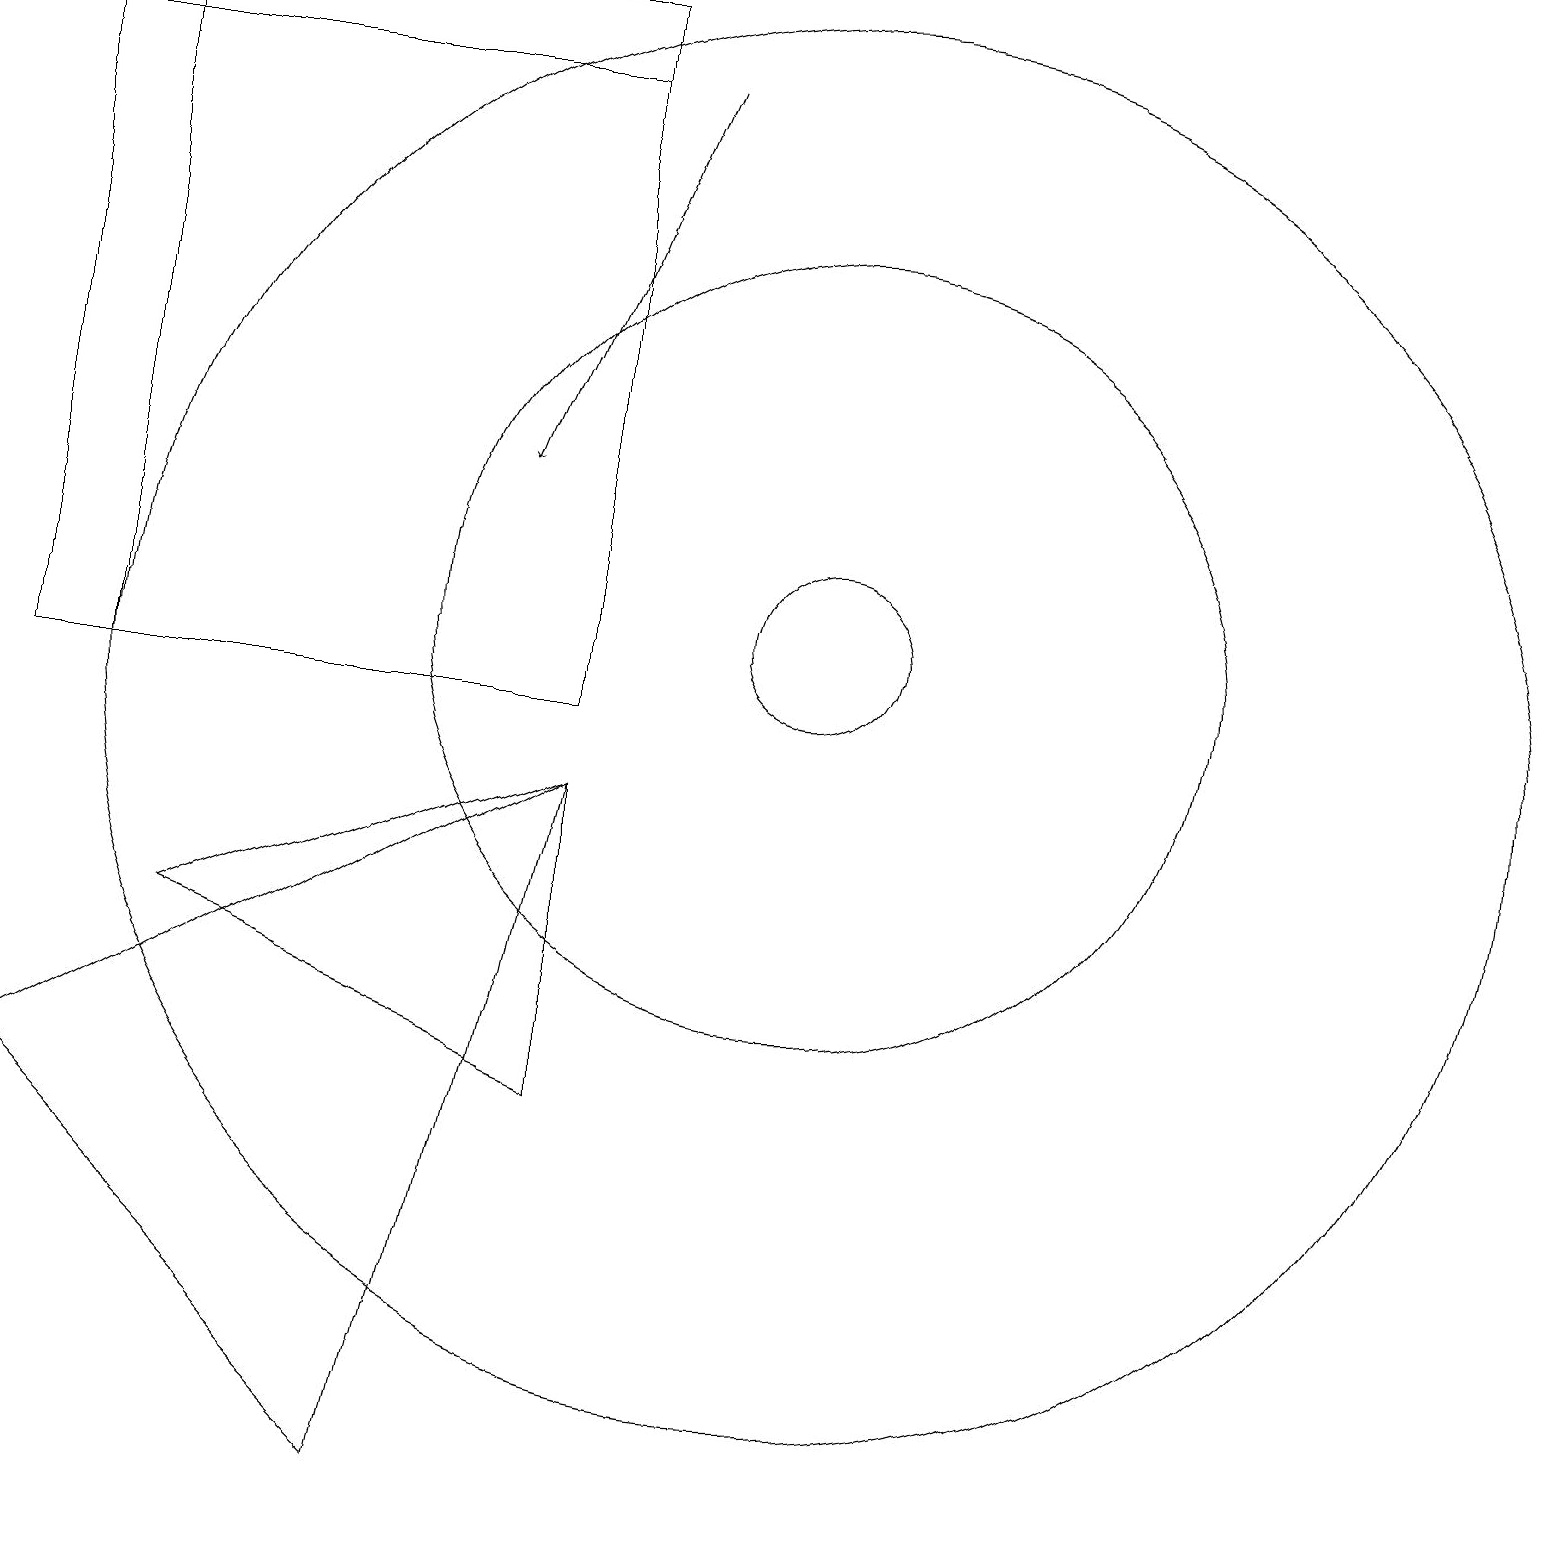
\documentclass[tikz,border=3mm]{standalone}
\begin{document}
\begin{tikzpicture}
\draw (10,11) circle (1);
\draw (7,10) rectangle (1,19);
\draw (7,5) -- (7,9) -- (2,7) -- cycle;
\draw (7,10) rectangle (0,18);
\draw (10,11) circle (5);
\draw (10,10) circle (9);
\draw (0,5) -- (7,9) -- (5,0) -- cycle;
\draw[->] (8,18) -- (6,13);
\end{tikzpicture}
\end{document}